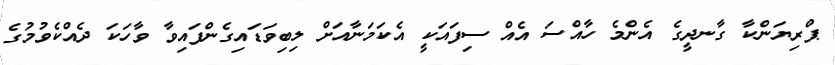
ޕްރިޔަންކާ ގާނދީގެ އެންމެ ހާއްސަ އެއް ސިފައަކީ އެކަމަނާއަށް ލިބިވަޑައިގެންފައިވާ ވާހަކަ ދެއްކެވުމުގެ